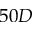
5 0 D